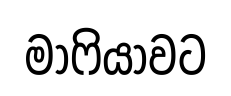
මාෆියාවට